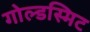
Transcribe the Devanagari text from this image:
गोल्डस्मिट